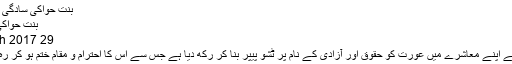
بنتِ حوّاکی سادگی | مکالمہ
بنتِ حوّاکی سادگی
29 March 2017ء
مغرب نے اپنے معاشرے میں عورت کو حقوق اور آزادی کے نام پر ٹشو پیپر بنا کر رکھ دیا ہے جس سے اس کا احترام و مقام ختم ہو کر رہ گیا ہے۔